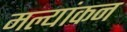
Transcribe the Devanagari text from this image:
मल्यांकन